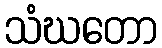
သံဃတော